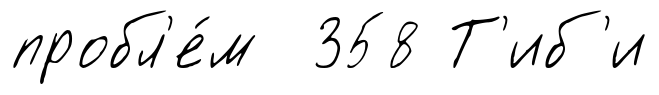
пробл'е́м 358 Т'иб'и